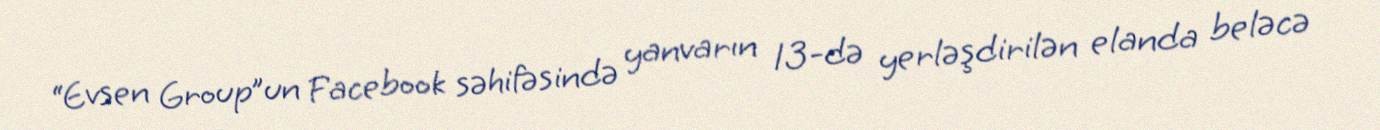
“Evsen Group”un Facebook səhifəsində yanvarın 13-də yerləşdirilən elanda beləcə